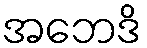
အဘေဒိ